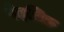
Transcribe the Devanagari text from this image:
पेइचिङ